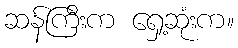
ဆန်ကြီးက ရှေ့ဆုံးက။